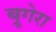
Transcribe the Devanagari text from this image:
ब्रूगेरा